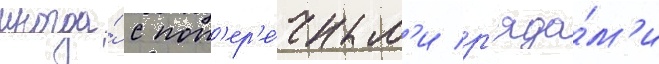
иногда́ с поп'ер'е́чным'и р'яда́м'и